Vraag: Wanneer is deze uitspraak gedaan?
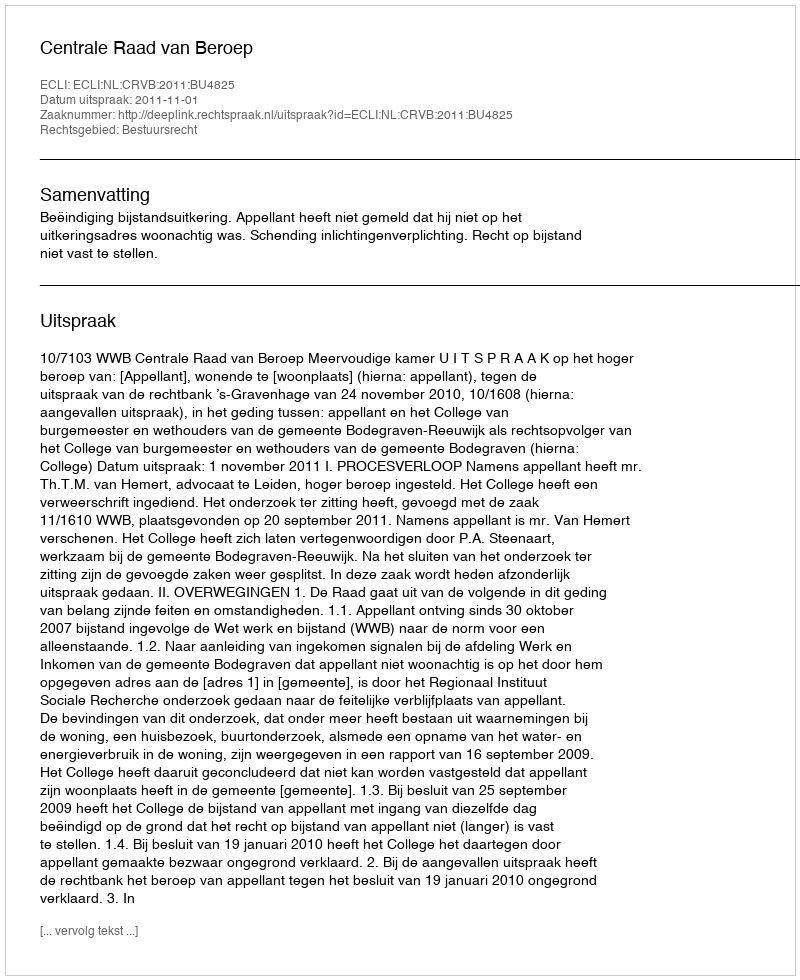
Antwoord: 2011-11-01